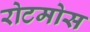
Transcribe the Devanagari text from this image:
रोटमोस